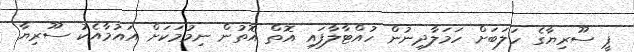
ޕީ ސޫރިޔާގެ ހަލަބަށް ހަމަލާދިނުން ހުއްޓާލާފައި އޮތް އޮތުން ނިމުމަކަށް އައުމާއެކު ސޫރިޔާ